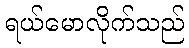
ရယ်မောလိုက်သည်